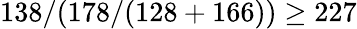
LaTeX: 138/(178/(128+166))\geq 227